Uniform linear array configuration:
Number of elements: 48
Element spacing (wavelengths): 0.5
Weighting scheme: hann
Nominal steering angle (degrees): -30
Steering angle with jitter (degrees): -31.409
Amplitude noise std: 0.05
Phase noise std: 0.05

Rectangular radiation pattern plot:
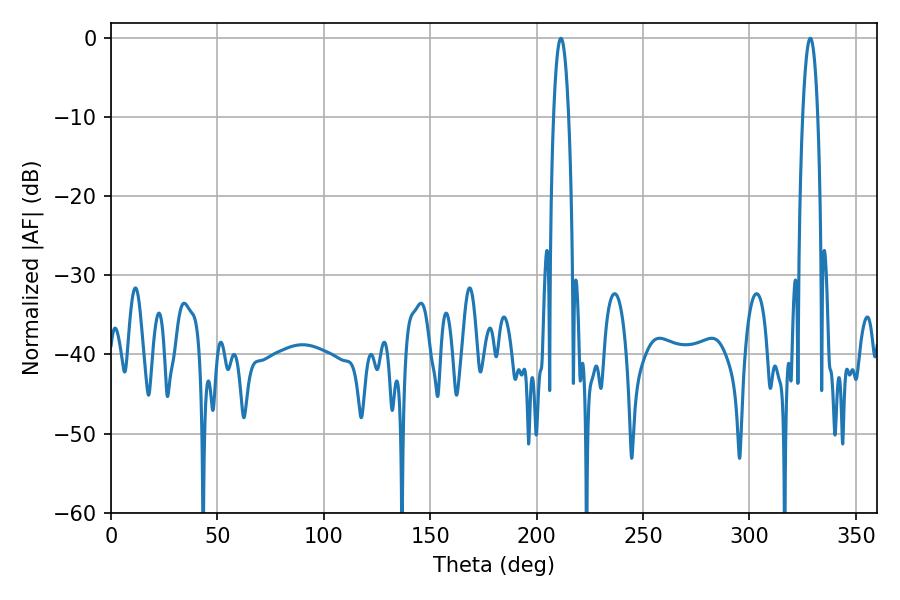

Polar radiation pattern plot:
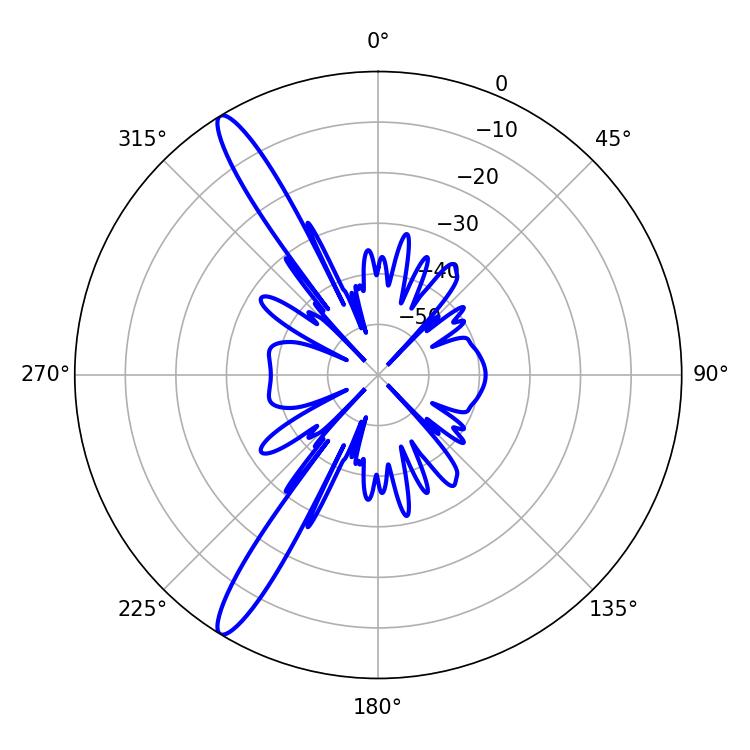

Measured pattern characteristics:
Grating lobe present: FALSE
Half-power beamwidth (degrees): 3.78
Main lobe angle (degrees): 211.32